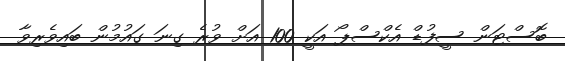
ބޮސްޓަން ސީފުޑް އެކްސްޕޯ އަކީ 100 އަށް ވުރެ ގިނަ ގައުމުން ބައިވެރިވާ